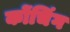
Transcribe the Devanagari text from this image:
कोंचिंग